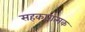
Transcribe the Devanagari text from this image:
सहकारात्मक